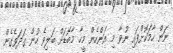
ނަން ހާމަކޮށްފައި ނުވާ މި އަންހެން މީހާ މާބޮޑަށް ބަލިވެ ހުން ގަދަވެގެން